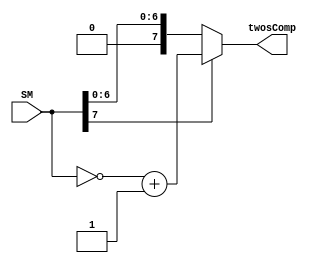
module SM2TwoSign(
			input [7:0] SM,
			output reg [7:0] twosComp
	);
	
	always twosComp = (SM[7] == 1) ? (~SM + 1'b1) : SM;
	
endmodule